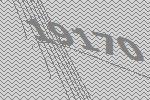
19170